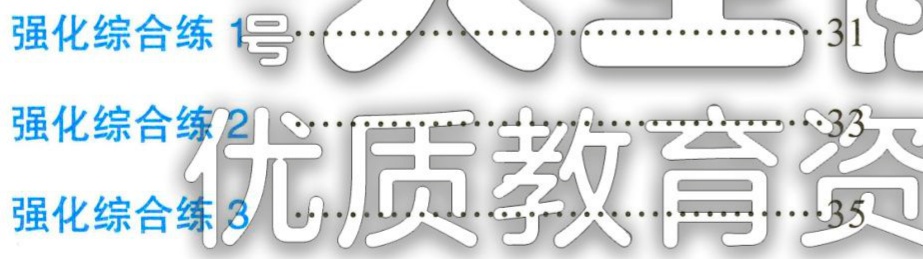
强化综合练 1号\hfill31\\

强化综合练 2\hfill33\\

强化综合练 3\hfill35\\